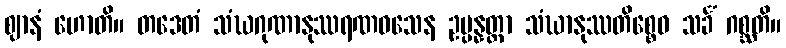
ဈာနံ ဟောတိ။ တဒေတံ သံဃဂုဏာနုဿရဏဝသေန ဥပ္ပန္နတ္တာ သံဃာနုဿတိစ္စေဝ သင်္ခံ ဂစ္ဆတိ။